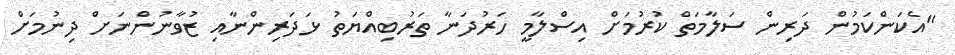
"އެކަންކަމުން ދަރިން ސަލާމަތް ކުރުމަށް އިސްލާމީ ހަރުދަނާ ތަރުބިއްޔަތު ޅަދަރިންނާއި ޒުވާނުންނަށް ދިނުމަށް